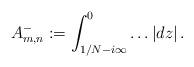
LaTeX: \begin{align*}A_{m,n}^{-}:=\int_{1/N-i\infty}^{0}\dots\left|dz\right|.\end{align*}